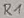
Text: R1